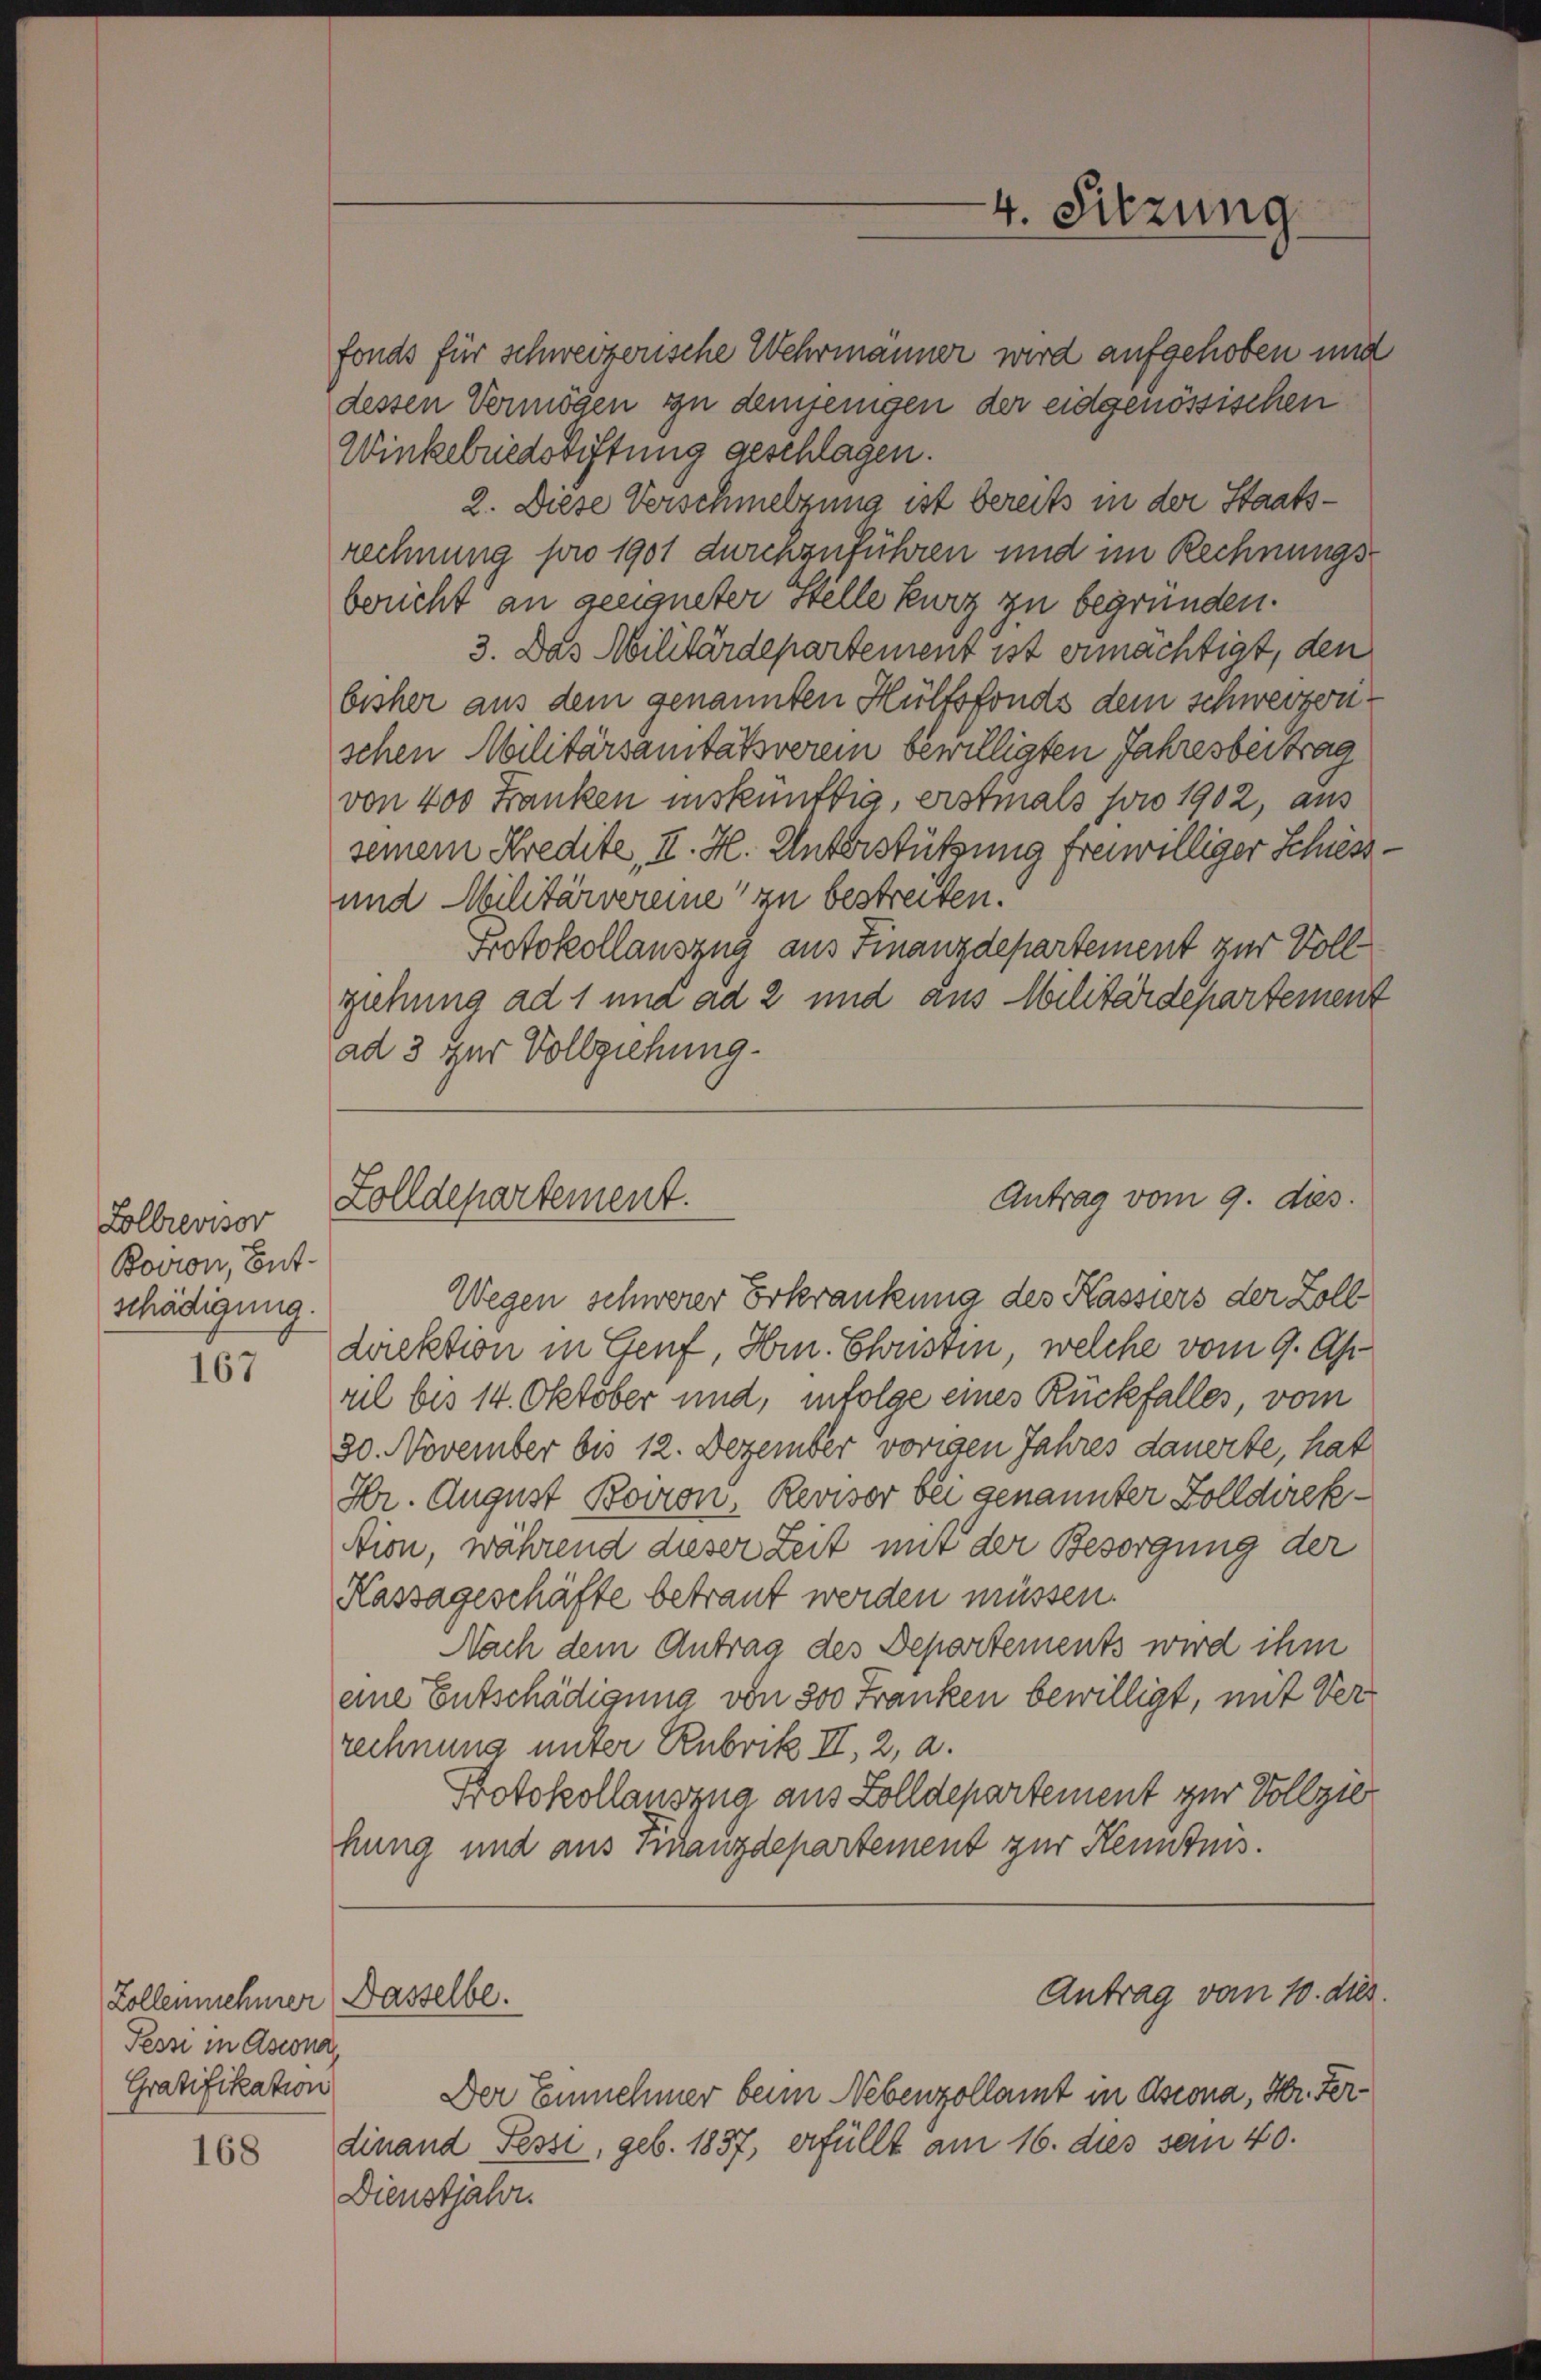
Lolbrevisor
Bovion, Ent-
schädigung.
167

Zollennehmer Dasselbe.
Pessi in Assona
Gratifikation

168

fonds für schweizerische Wehrmänner wird aufgehoben und
dessen Vermögen zu demjenigen der eidgenössischen
Winkelriedstiftung geschlagen.
2. Diese Verschmelzung ist bereits in der Staatsrechnung pro 1901 durchzuführen und im Rechnungsbericht an geeigneter Stelle kurz zu begründen.
3. Das Militärdepartement ist ermächtigt, den
bisher aus dem genannten Hülfsfonds dem schweizerischen Militärsanitätsverein bewilligten Jahresbeitrag
von 400 Franken inskünftig, erstmals sowo 1902, aus
seinem Kredite, II. H. Unterstützung freiwilliger Schiess-
und Militärvereine zu bestreiten.
Protokollauszug aus Finanzdepartement zur Vollziehung ad 1 und ad 2 und aus Militärdepartement
ad 3 zur Vollziehung.

Zolldepartement.

Wegen schwerer Erkrankung des Kassiers der Zoll
direktion in Genf, Hrn. Christin, welche vom 9. April bis 14. Oktober und, infolge eines Rückfalles, vom
30. November bis 12. Dezember vorigen Jahres dauerte, hat
Hr. August Boiron, Revisor bei genannter Zolldirekstion, während dieser Zeit mit der Besorgung der
Kassageschäfte betraut werden müssen.
Nach dem Antrag des Departements wird ihm
eine Entschädigung von 300 Franken bewilligt, mit Verrechnung unter Rubrik II, 2, a.
Protokollauszug aus Zolldepartement zur Vollzie
hung und aus Finanzdepartement zur Kenntnis.

4. Sitzung.

Antrag vom 9. dies.

Antrag vom 10. dies

Der Einnehmer beim Nebenzollamt in Assona, Hr. Ferdinand Pessi, geb. 1857, erfüllt am 16. dies von 40.
Dienstjahr.